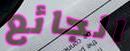
الجائع